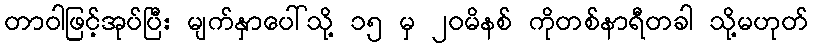
တာဝါဖြင့်အုပ်ပြီး မျက်နှာပေါ်သို့ ၁၅ မှ ၂၀မိနစ် ကိုတစ်နာရီတခါ သို့မဟုတ်